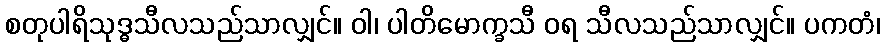
စတုပါရိသုဒ္ဓသီလသည်သာလျှင်။ ဝါ၊ ပါတိမောက္ခသီ ဝရ သီလသည်သာလျှင်။ ပကတံ၊